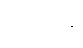
ယုတ္တာနိ